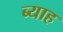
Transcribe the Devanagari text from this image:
ब्‍याह